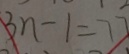
3 n - 1 = 7 7